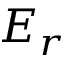
E _ { r }